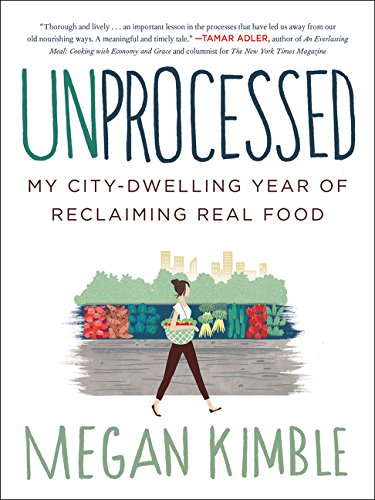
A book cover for Unprocessed: My City-Dwelling Year of Reclaiming Real Food; Megan Kimble; Cookbooks, Food & Wine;